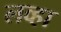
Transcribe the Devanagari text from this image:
लव्हा